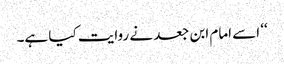
‘‘ اسے امام ابن جعد نے روایت کیا ہے۔